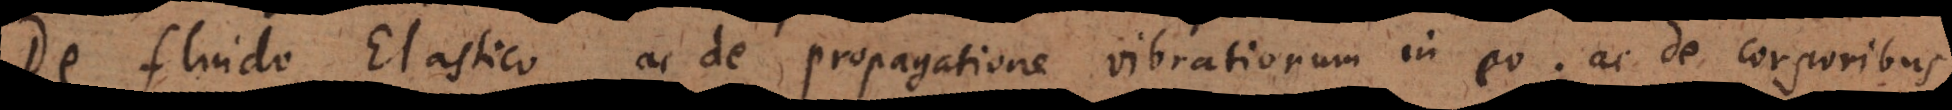
De fluido Elastico, ac de propagatione vibrationum in eo; ac de corporibus